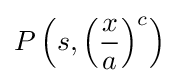
P\left(s,\left({\frac {x}{a}}\right)^{c}\right)